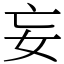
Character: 妄